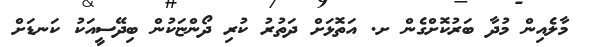
މާލެއިން މުދާ ބަރުކޮށްގެން ށ. އަތޮޅަށް ދަތުރު ކުރި ދޯންޏަކުން ބިދޭސީއަކު ކަނޑަށް